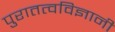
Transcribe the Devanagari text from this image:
पुरातत्वविज्ञानी